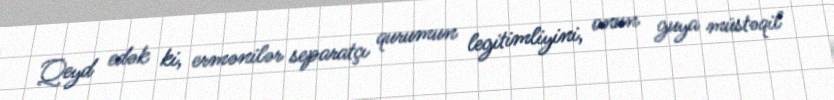
Qeyd edək ki, ermənilər separatçı qurumun legitimliyini, onun guya müstəqil